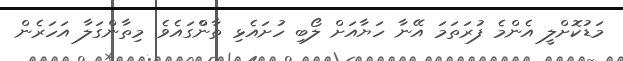
މަޑުކޮށްލީ އެންމެ ފުރަތަމަ އޭނާ ހަޔާއަށް ލޯބި ހުށައެޅި ތާންްގައެވެ. މިތާންގަލާ އަހަރެން